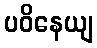
ပဝိနေယျ